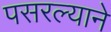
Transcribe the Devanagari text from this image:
पसरल्याने